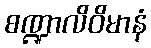
စဏ္ဍာလိဝိမာနံ